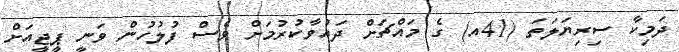
ދަމިކާ ސިރިޔަލަތަ (41އ) ގެ މައްޗަށް ދައުވާކުރުމަށް ވެސް ފުލުހުން ވަނީ ޕީޖީއަށް